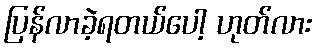
ပြန်လာခဲ့ရတယ်ပေါ့ ဟုတ်လား